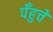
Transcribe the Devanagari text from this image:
पँहुचे